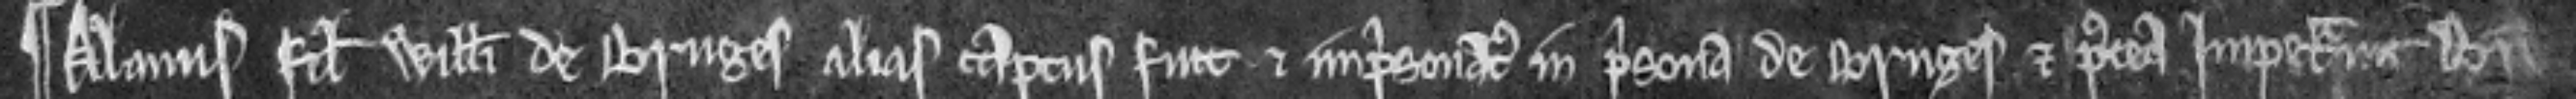
¶ Alanus filius Willemi de Bruges alias captus fuit et imprisonatus in prisona de Bruges et postea impetravit breve